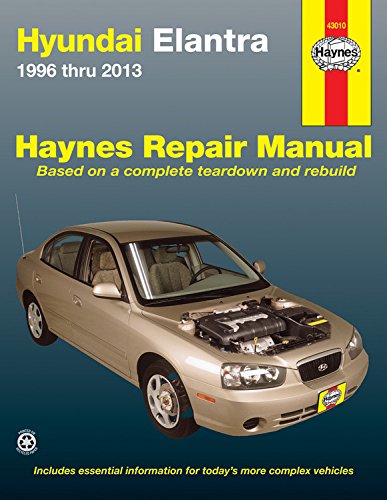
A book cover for Hyundai Elantra 1996 thru 2013 (Haynes Repair Manual); Editors of Haynes Manuals; Engineering & Transportation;